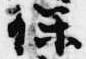
保